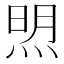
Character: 𬊚